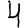
Digit: 4